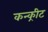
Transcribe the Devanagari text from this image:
कन्क्रीट